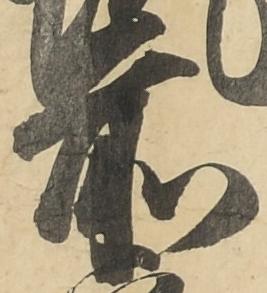
前